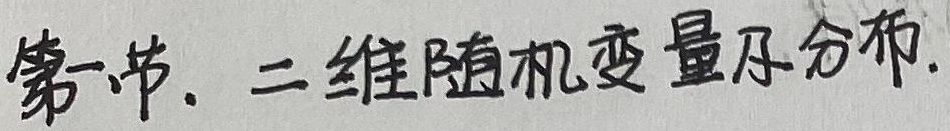
第一节. 二维随机变量及分布.